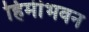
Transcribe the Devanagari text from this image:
हिमीभवन